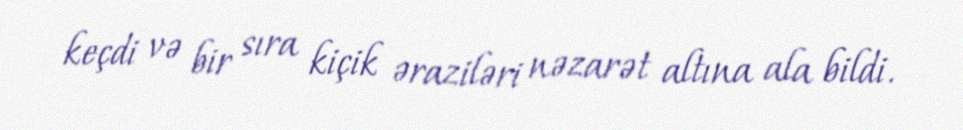
keçdi və bir sıra kiçik əraziləri nəzarət altına ala bildi.